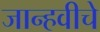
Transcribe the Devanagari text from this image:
जान्हवीचे